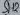
Text: SH2